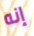
إنه